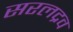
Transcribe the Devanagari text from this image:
सरलद्रव